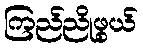
ကြည်ညိုဖွယ်